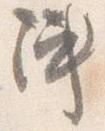
陣